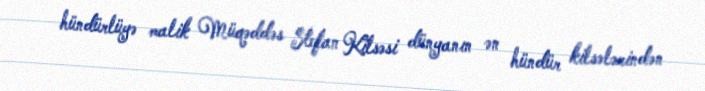
hündürlüyə malik Müqəddəs Stefan Kilsəsi dünyanın ən hündür kilsələrindən